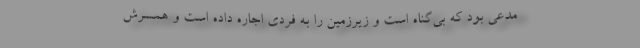
مدعی بود که بی‌گناه است و زیرزمین را به فردی اجاره داده است و همسرش